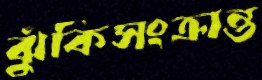
ঝুঁকিসংক্রান্ত